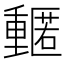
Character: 𮡡